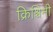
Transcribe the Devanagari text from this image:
क्रिश्चिनी